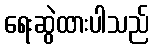
ရေးဆွဲထားပါသည်